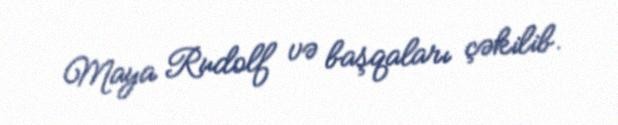
Maya Rudolf və başqaları çəkilib.